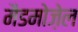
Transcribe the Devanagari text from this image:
मैडमोज़ेल